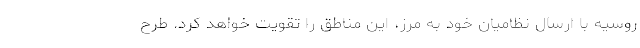
روسیه با ارسال نظامیان خود به مرز، این مناطق را تقویت خواهد کرد. طرح